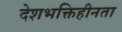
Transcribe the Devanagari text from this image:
देशभक्तिहीनता